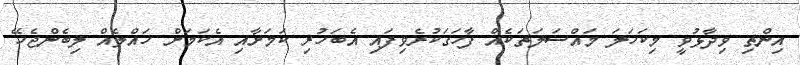
އިންތި ވިދާޅުވީ މިކަހަލަ މައްސަލަތަކެއް ފާހަގަކުރެވިފައި އެބަހުރި ކަމަށާއި އެކަމަށް ހައްލެއް ލިބެންޖެހޭ